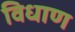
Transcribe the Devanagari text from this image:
विधाण